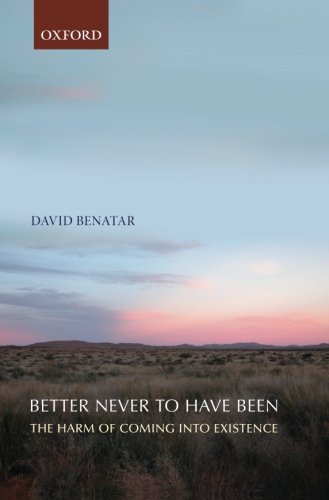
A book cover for Better Never to Have Been: The Harm of Coming into Existence; David Benatar; Medical Books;